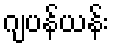
ဂျပန်ယန်း